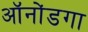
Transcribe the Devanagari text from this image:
ऑनोंडगा